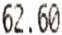
62.60